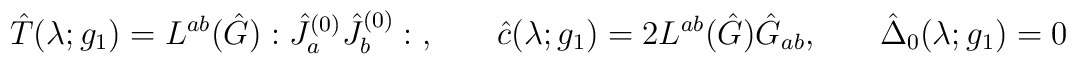
\hat{T}(\lambda;g_1) = L^{ab}(\hat{G}):\hat{J}_a^{(0)}\hat{J}_b^{(0)}:\hspace{.05in} , \hspace{.3in} \hat{c}(\lambda;g_1) = 2L^{ab}(\hat{G})\hat{G}_{ab}, \hspace{.3in} \hat{\Delta}_0(\lambda;g_1)=0